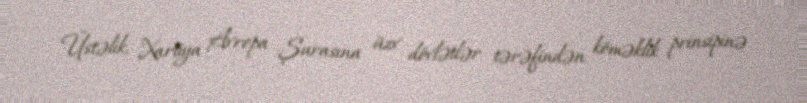
Üstəlik, Xartiya Avropa Şurasına üzv dövlətlər tərəfindən köməklik prinsipinə